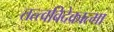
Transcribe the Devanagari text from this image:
तत्त्वविदेकात्मा